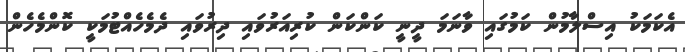
އެކަމަކު އިސްލާމުން ކަމުގައި ވާނަމަ ދީނީ ކަންކަން ކުރިއަރުވައި ދިރުވައި ދެމެހެއްޓުމަކީ ކޮންމެހެން